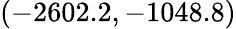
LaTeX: (-2602.2,-1048.8)